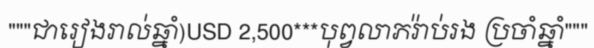
"""ជារៀងរាល់ឆ្នាំ)USD 2,500***បុព្វលាភរ៉ាប់រង ប្រចាំឆ្នាំ"""